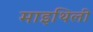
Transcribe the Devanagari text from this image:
माइथिली